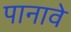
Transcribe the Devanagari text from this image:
पानावे